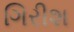
ગિરીશ